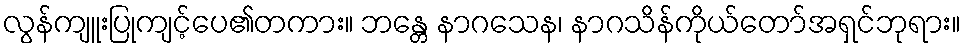
လွန်ကျူးပြုကျင့်ပေ၏တကား။ ဘန္တေ နာဂသေန၊ နာဂသိန်ကိုယ်တော်အရှင်ဘုရား။